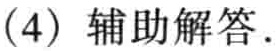
（4）辅助解答.